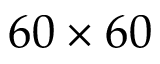
6 0 \times 6 0